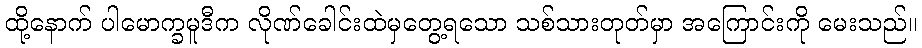
ထို့နောက် ပါမောက္ခမူဒီက လိုဏ်ခေါင်းထဲမှတွေ့ရသော သစ်သားတုတ်မှာ အကြောင်းကို မေးသည်။